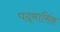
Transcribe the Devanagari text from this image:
पद्‌मासिंह